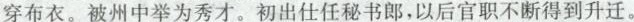
穿布衣。被州中举为秀才。初出仕任秘书郎，以后官职不断得到升迁。